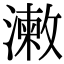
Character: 𣿊